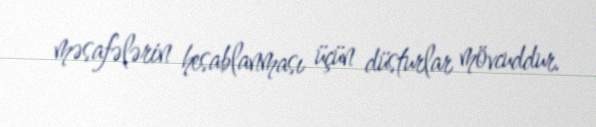
məsafələrin hesablanması üçün düsturlar mövcuddur.